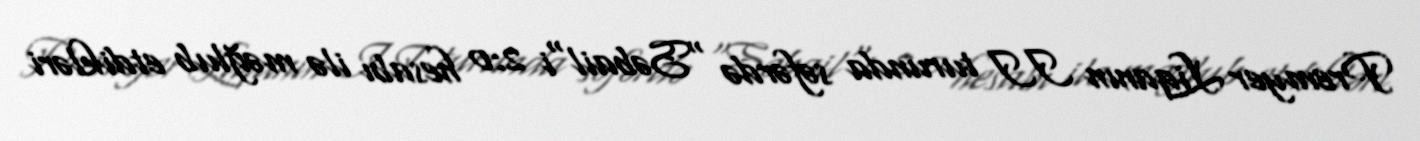
Premyer Liqanın II turunda səfərdə "Səbail"i 2:0 hesabı ilə məğlub etdikləri